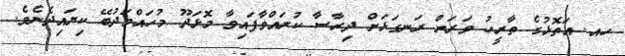
ހއ. އަތޮޅުގެ ތާރީހު ވަރަށް ރަނގަޅަށް ދިރާސާ ކުރައްވާފައިވާ މޮޅަދޫ މުހައްމަދުބޭ ކިޔައިދެނެވެ.